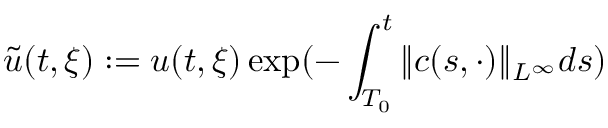
\tilde { u } ( t , \xi ) : = u ( t , \xi ) \exp ( - \int _ { T _ { 0 } } ^ { t } \| c ( s , \cdot ) \| _ { L ^ { \infty } } d s )